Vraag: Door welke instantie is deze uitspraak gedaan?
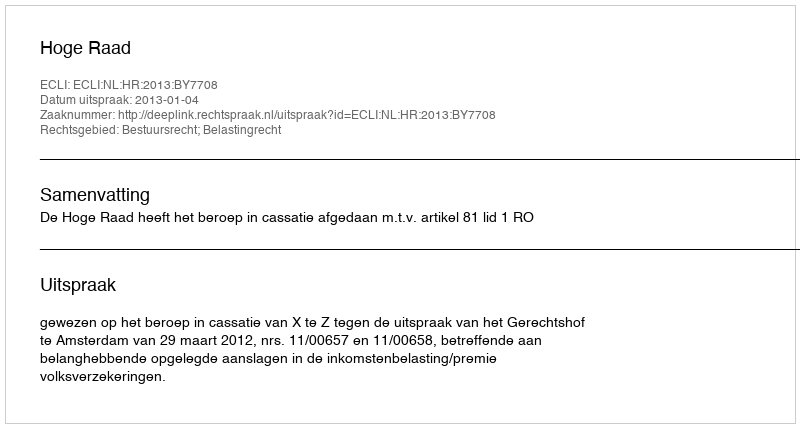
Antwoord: Hoge Raad